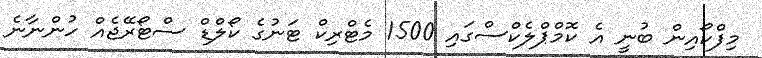
މިފްކޯއިން ބުނީ އެ ކޮމްޕްލެކްސްގައި 1500 މެޓްރިކް ޓަނުގެ ކޯލްޑް ސްޓޯރޭޖެއް ހުންނާނެ